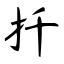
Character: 扦